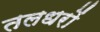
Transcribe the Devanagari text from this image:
तलधरों